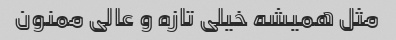
مثل همیشه خیلی تازه و عالی ممنون